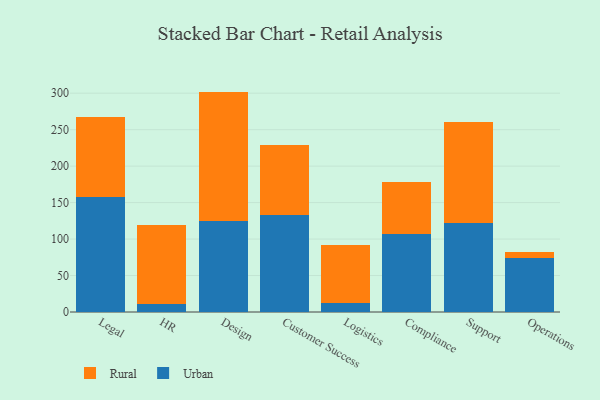
{"axis": {"x": "Department", "y": "Conversion Rate (%)"}, "legend": ["Rural", "Urban"], "data": [{"x": "Legal", "y": 157.4, "type": "Urban"}, {"x": "Legal", "y": 110.0, "type": "Rural"}, {"x": "HR", "y": 10.6, "type": "Urban"}, {"x": "HR", "y": 109.3, "type": "Rural"}, {"x": "Design", "y": 124.8, "type": "Urban"}, {"x": "Design", "y": 177.4, "type": "Rural"}, {"x": "Customer Success", "y": 132.7, "type": "Urban"}, {"x": "Customer Success", "y": 96.1, "type": "Rural"}, {"x": "Logistics", "y": 11.8, "type": "Urban"}, {"x": "Logistics", "y": 80.0, "type": "Rural"}, {"x": "Compliance", "y": 107.2, "type": "Urban"}, {"x": "Compliance", "y": 70.6, "type": "Rural"}, {"x": "Support", "y": 121.5, "type": "Urban"}, {"x": "Support", "y": 138.9, "type": "Rural"}, {"x": "Operations", "y": 74.4, "type": "Urban"}, {"x": "Operations", "y": 8.0, "type": "Rural"}]}